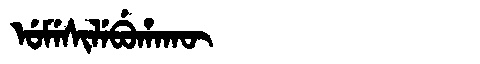
Manchu: ᡠᠮᡝᠰᡳᠯᡝᠪᡠᡥᠠᡴᡡ
Romanization: UMESILEBUHAKŪ